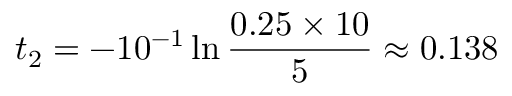
t _ { 2 } = - 1 0 ^ { - 1 } \ln { \frac { 0 . 2 5 \times 1 0 } { 5 } } \approx 0 . 1 3 8